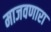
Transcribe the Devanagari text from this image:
माजवणारा